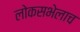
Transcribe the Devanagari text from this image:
लोकसभेलाच